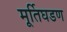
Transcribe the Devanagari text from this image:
मूर्तिघडण